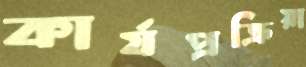
কার্যপ্রক্রিয়া